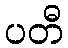
ပတီ